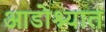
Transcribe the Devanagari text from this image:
आडोश्यात